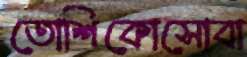
তোশিকোসোবা